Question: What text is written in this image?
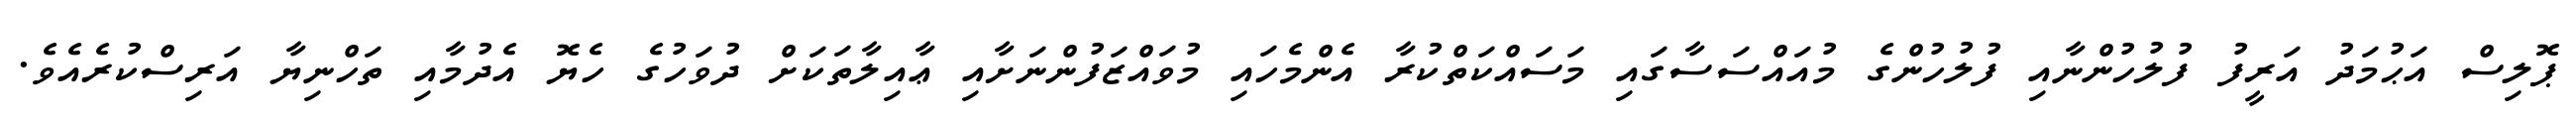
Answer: ޕޮލިސް އަޙުމަދު އަރީފު ފުލުހުންނާއި ފުލުހުންގެ މުއައްސަސާގައި މަސައްކަތްކުރާ އެންމެހައި މުވައްޒަފުންނަށާއި ޢާއިލާތަކަށް ދުވަހުގެ ހެޔޮ އެދުމާއި ތަހްނިޔާ އަރިސްކުރެއެވެ.